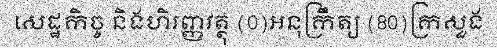
សេដ្ឋកិច្ច និងហិរញ្ញវត្ថុ (0)អនុក្រឹត្យ (80)ក្រសួង